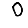
Digit: 0